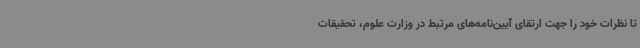
تا نظرات خود را جهت ارتقای آیین‌نامه‌های مرتبط در وزارت علوم، تحقیقات